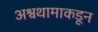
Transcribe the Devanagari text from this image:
अश्वथामाकडून